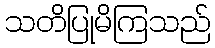
သတိပြုမိကြသည်